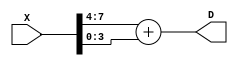
/* fator D do karatsuba
   recebe fator X em 8 bits
   retorna fator D em 5 bits
*/
module D_factor (X, D);
	input [7:0] X; // fator X da multiplicao (8 bits)
	output [4:0] D; // fator D (5 bits)

	// executa a soma Xhigh + Xlow 
    assign D = X[7:4] + X[3:0];

endmodule